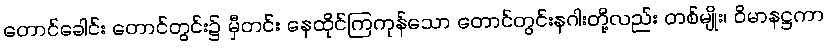
တောင်ခေါင်း တောင်တွင်း၌ မှီတင်း နေထိုင်ကြကုန်သော တောင်တွင်းနဂါးတို့လည်း တစ်မျိုး၊ ဝိမာနဋ္ဌကာ